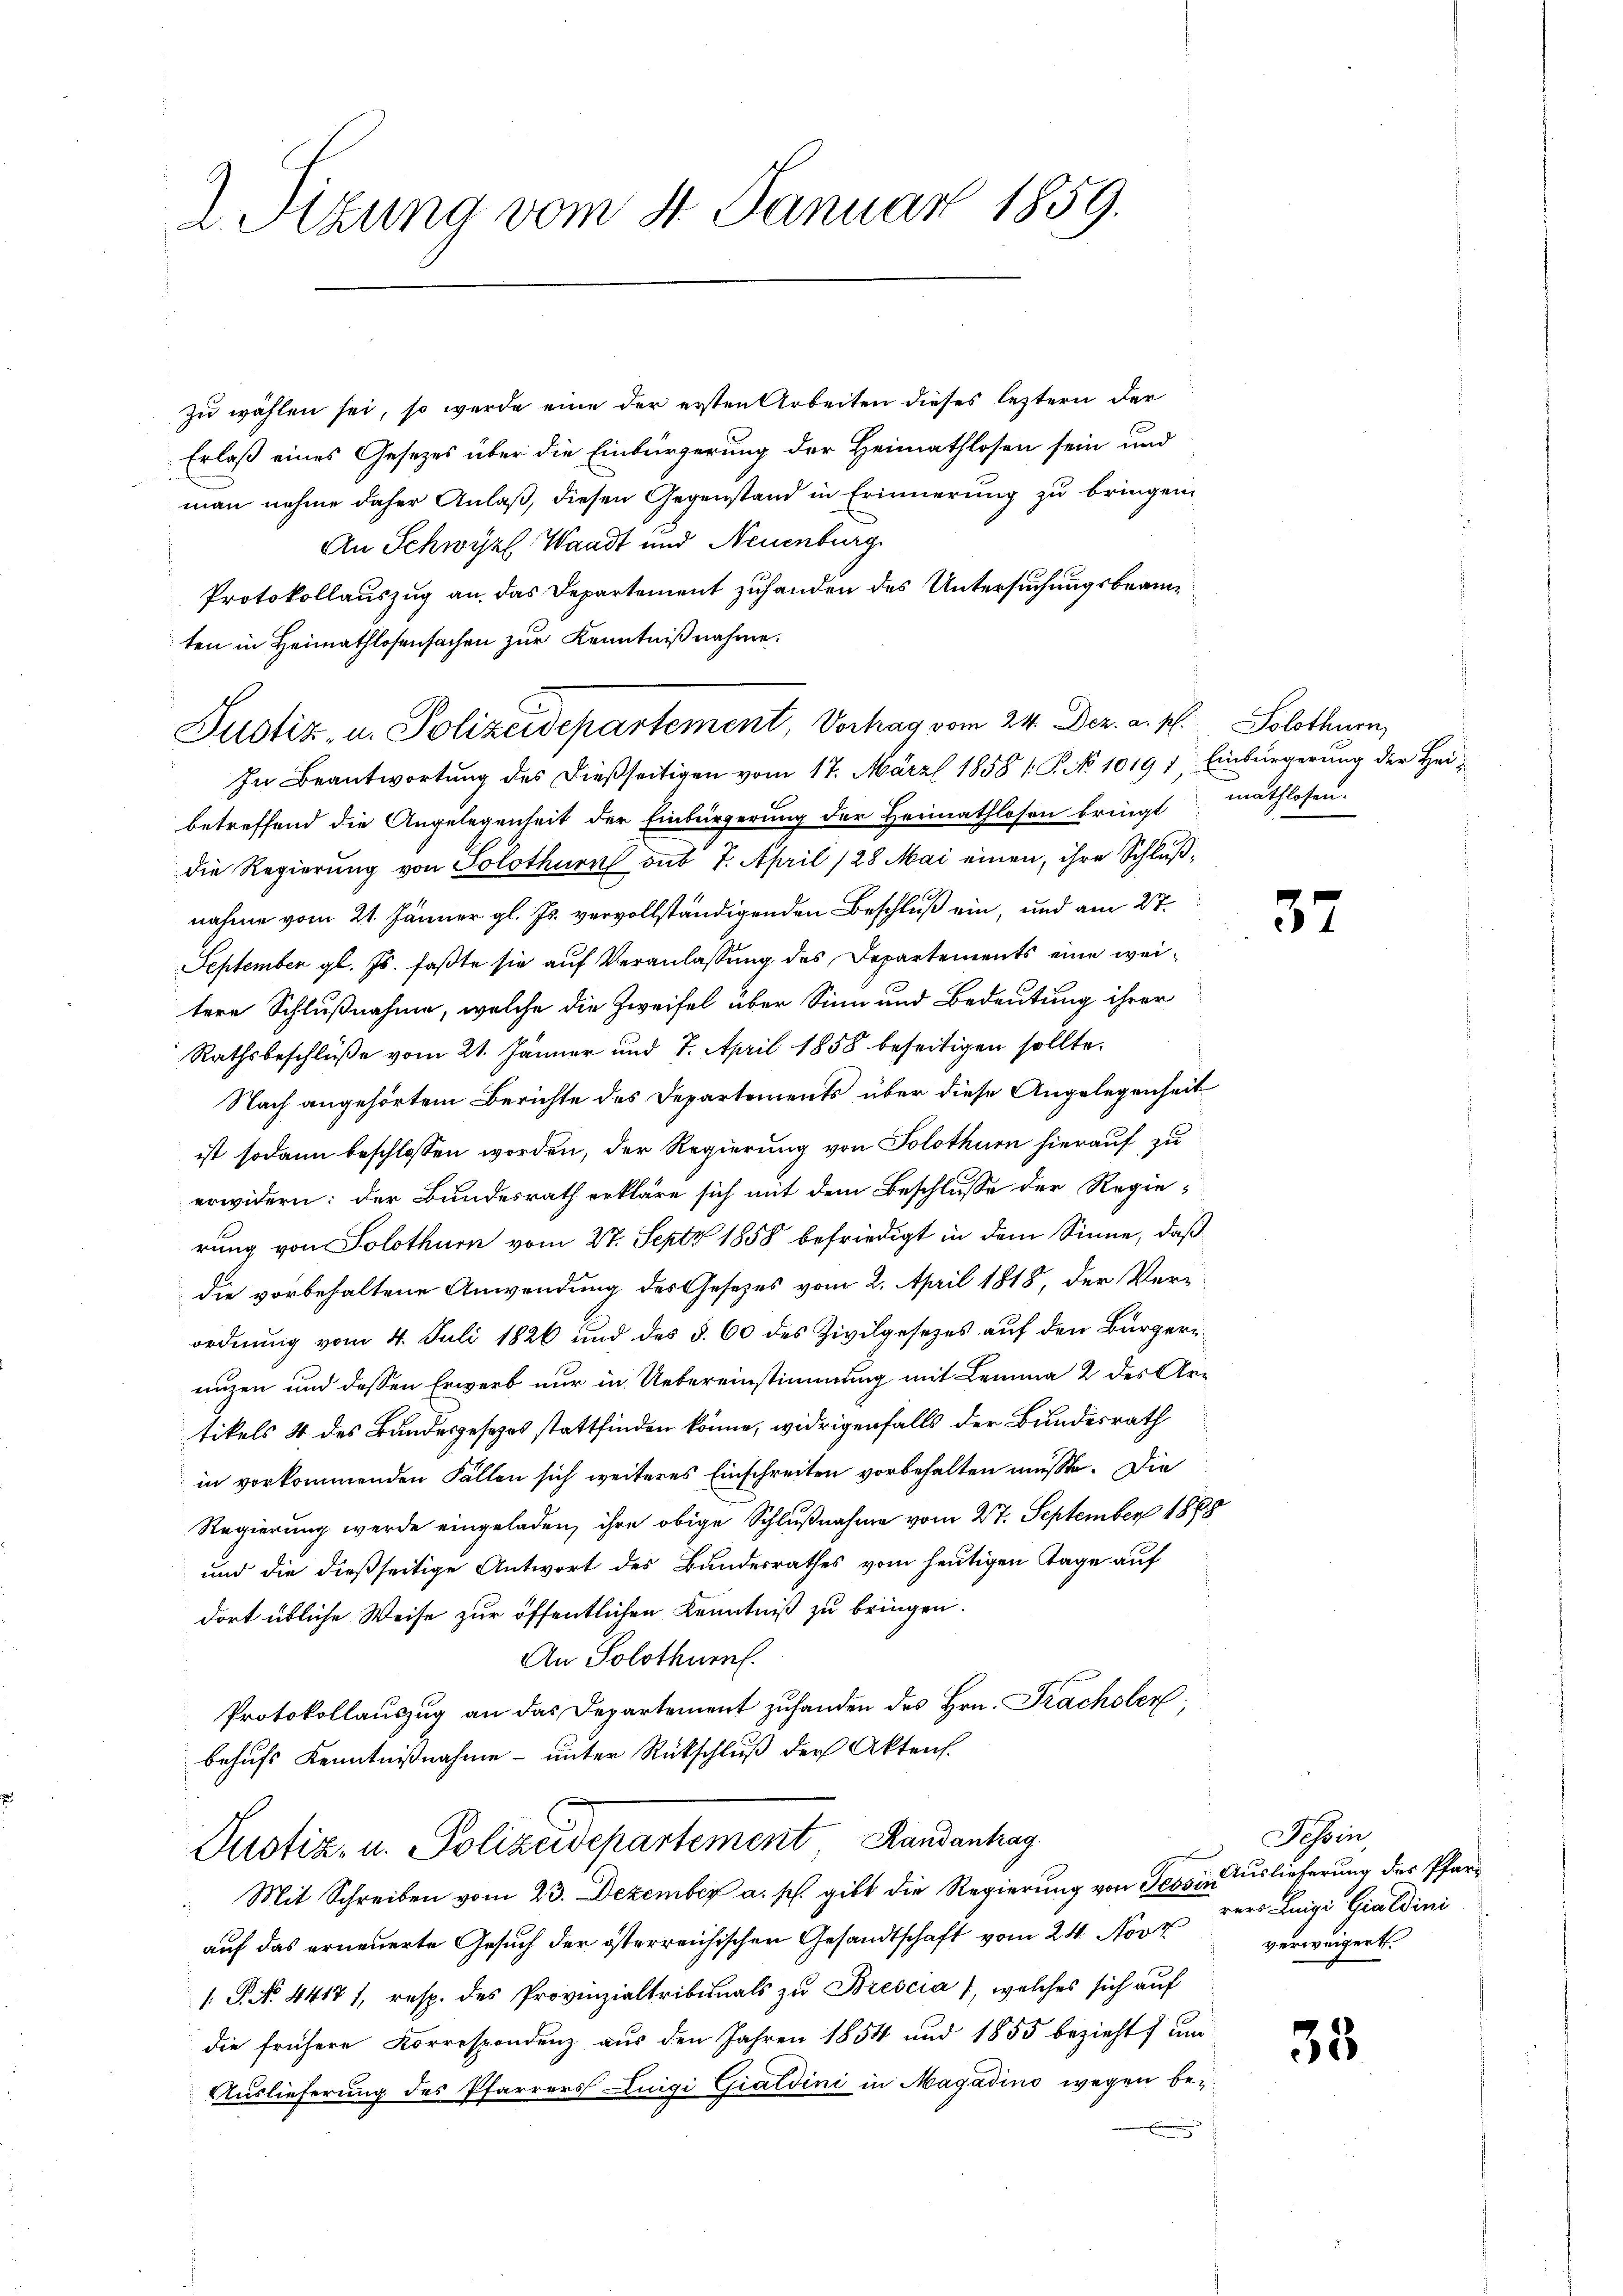
2. Sizung vom 4. Januar 1859.

zu wählen sei, so werde eine der ersten Arbeiten dieses leztern der
Erlaß eines Gesetzes über die Einbürgerung der Heimathlosen sein und
man nehme daher Anlaß, diesen Gegenstand in Erinnerung zu bringen.
An Schwyz, Waadt und Neuenburg
Protokollauszug an das Departement zuhanden des Untersuchungsbeamten in Heimathlosensachen zur Kenntnißnahme.
Justiz- u. Polizeidepartement, Vortrag vom 24. Dez. a. p. Solothurn,
In Beantwortung des dießseitigen vom 17. März 1858 1: P. No 1019) Einbürgerung der Hei-
betreffend die Angelegenheit der Einbürgerung der Heimathlosen bringt mathlosen.
die Regierung von Solothurn sub 7. April 128 Mai einen, ihre Schlußnahme vom 21. Jänner gl. Js. vervollständigenden Beschluß ein, und am 27.
September gl. Js. faßte sie auf Veranlassung des Departements eine weitere Schlußnahme, welche die Zweifel über Sinn und Bedeutung ihrer
Rathsbeschlüße vom 21. Jänner und 7. April 1858 beseitigen sollte.
Nach angehörtem Berichte des Departements über diese Angelegenheit
ist sodann beschlossen worden, der Regierung von Solothurn hierauf, zu
erwidern: der Bundesrath erkläre sich mit dem Beschlusse der Regie-
rung von Solothurn vom 27. Sept 1858 befriedigt in dem Sinne, daß
die vorbehaltene Anwendung des Gesetzes vom 2. April 1818, der Verordnung vom 4. Juli 1826 und des §. 60 des Zivilgesezes auf den Bürgernuzen und dessen Erwerb nur in Uebereinstimmung mit Lemma 2 des Artikels 4 des Bundesgesetzes stattfinden könne, widrigenfalls der Bundesrath
in vorkommenden Fällen sich weiteres Einschreiten vorbehalten müsste. Die
Regierung werde eingeladen, ihre obige Schlußnahme vom 27. September 1888
und die dießseitige Antwort des Bundesrathes vom heutigen Tage auf
dort übliche Weise zur öffentlichen Kenntniß zu bringen.
An Solothur.
Protokollauszug an das Departement zufanden des Hrn. Frachsler,
behufs Kenntnißnahme – unter Rückschluß der Aktens.
Pustiz- u. Polizeidepartement Handenhag
 |
Mit Schreiben vom 23. Dezember a. p. gibt die Regierung von Tessin Auslieferung des Pfarrauf das erneuerte Gesuch der österreichischen Gesandtschaft vom 24. Novt verweigert.
.P. Nr. 4417/, resp. des Provinzialtribunals zu Brescia 1, welches sich auf
die frühere Korrespondenz aus den Jahren 1854 und 1855 bezieht, um
Auslieferung des Pfarrers Luigi Giatdini in Magadino wegen be¬

37

Tessin,
rers Luigi Gialdini

35